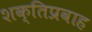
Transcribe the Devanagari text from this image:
शक्तिप्रवाह